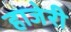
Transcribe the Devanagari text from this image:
हाजेरी